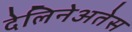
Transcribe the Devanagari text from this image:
देलिनेअतेस